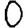
Digit: 0